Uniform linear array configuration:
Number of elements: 12
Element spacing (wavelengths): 0.5
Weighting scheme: binomial
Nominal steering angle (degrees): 15
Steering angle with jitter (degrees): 13.519
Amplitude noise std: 0.05
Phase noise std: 0.05

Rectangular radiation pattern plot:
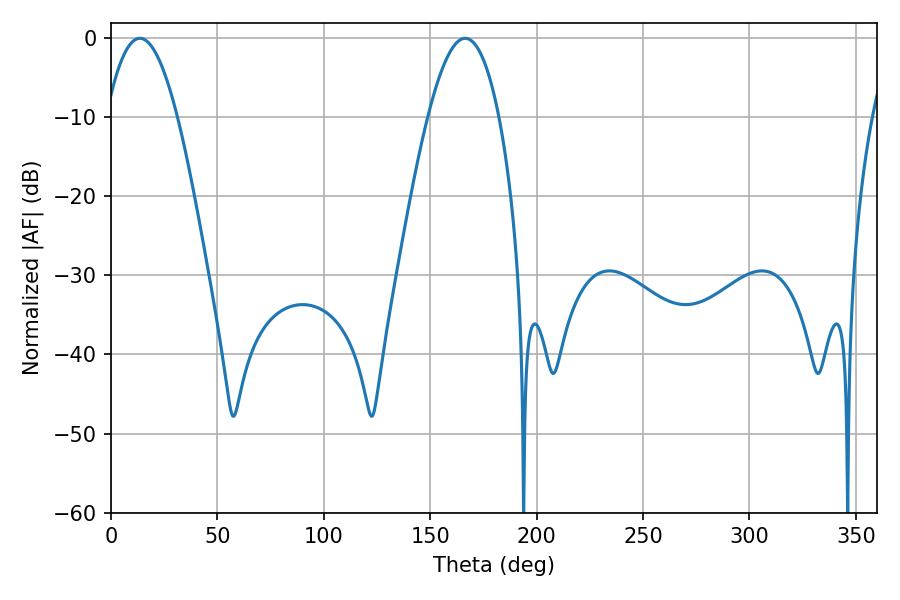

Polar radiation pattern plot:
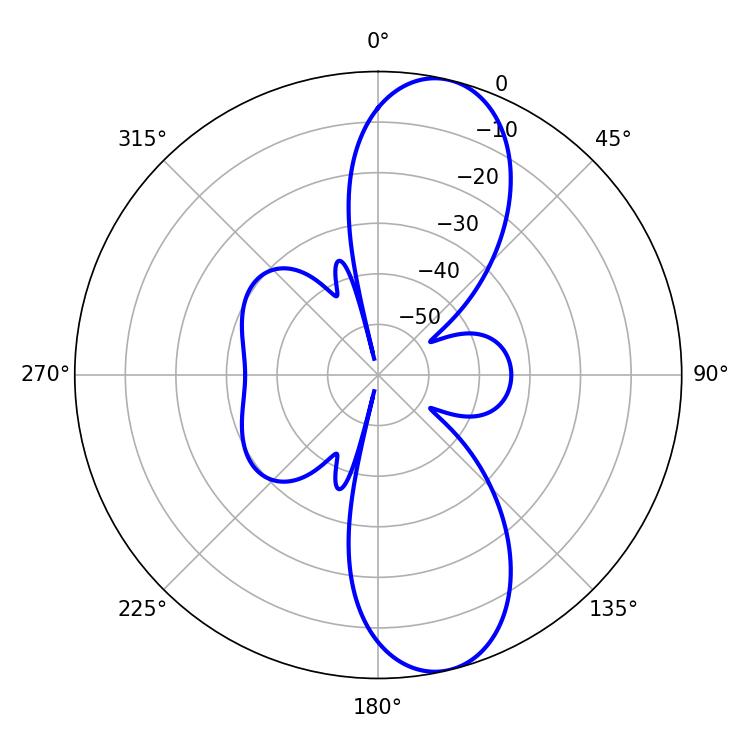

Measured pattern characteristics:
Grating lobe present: FALSE
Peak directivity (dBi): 10.831
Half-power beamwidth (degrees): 18.36
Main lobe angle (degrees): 13.5